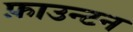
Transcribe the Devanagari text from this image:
फ़ाउन्टन